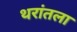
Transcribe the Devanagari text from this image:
थरांतला